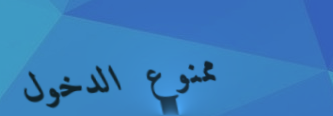
ممنوع الدخول